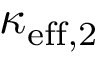
\kappa _ { \mathrm { e f f } , 2 }